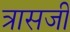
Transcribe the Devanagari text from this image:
त्रासजी